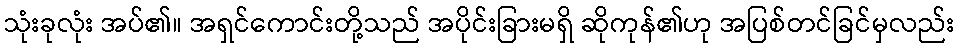
သုံးခုလုံး အပ်၏။ အရှင်ကောင်းတို့သည် အပိုင်းခြားမရှိ ဆိုကုန်၏ဟု အပြစ်တင်ခြင်မှလည်း